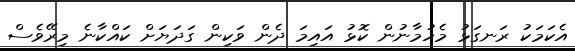
އެކަމަކު ރަނގަޅު މެހުމާނުން ކޮޅު އައިމަ ދެން ވަކިން ގަދަޔަށް ކައްކާނެ މިރޭވެސް